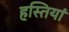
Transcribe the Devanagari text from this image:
हस्‍तियां